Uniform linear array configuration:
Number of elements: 8
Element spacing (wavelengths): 0.25
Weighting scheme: hann
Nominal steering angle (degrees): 30
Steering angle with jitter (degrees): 31.858
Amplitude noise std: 0.05
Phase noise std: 0.05

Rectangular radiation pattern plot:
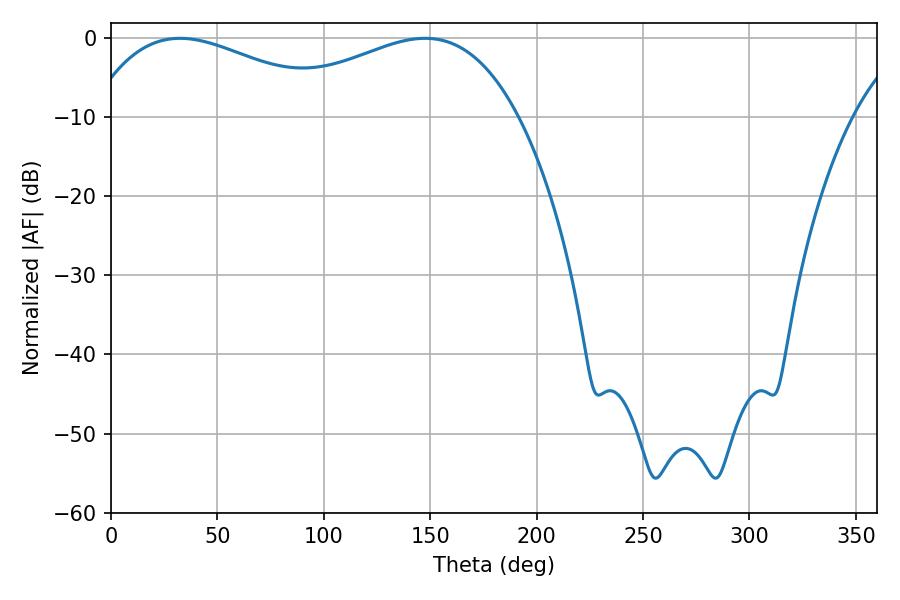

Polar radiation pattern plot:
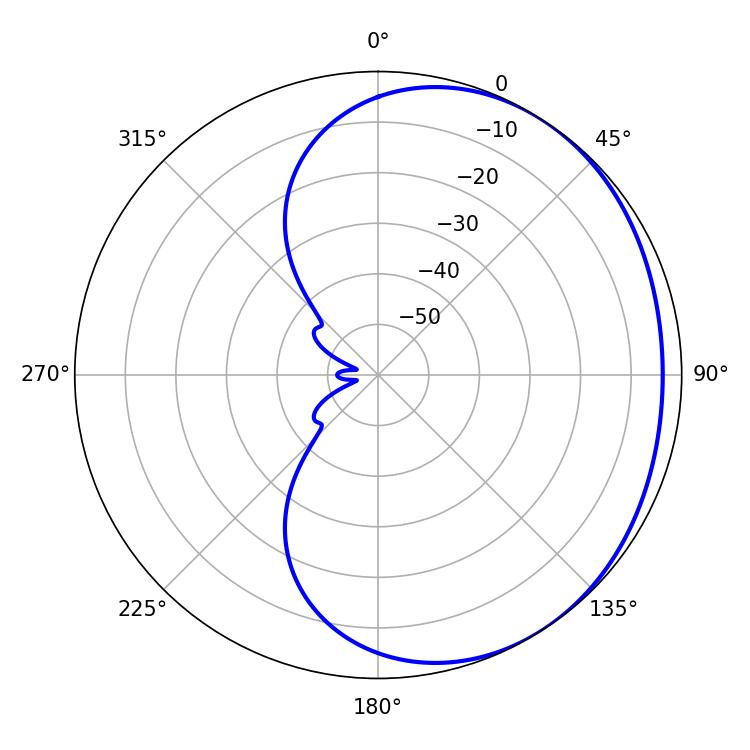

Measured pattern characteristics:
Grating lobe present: FALSE
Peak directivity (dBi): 1.77
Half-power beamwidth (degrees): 65.7
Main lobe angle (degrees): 32.4